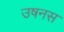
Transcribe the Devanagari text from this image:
उषनस